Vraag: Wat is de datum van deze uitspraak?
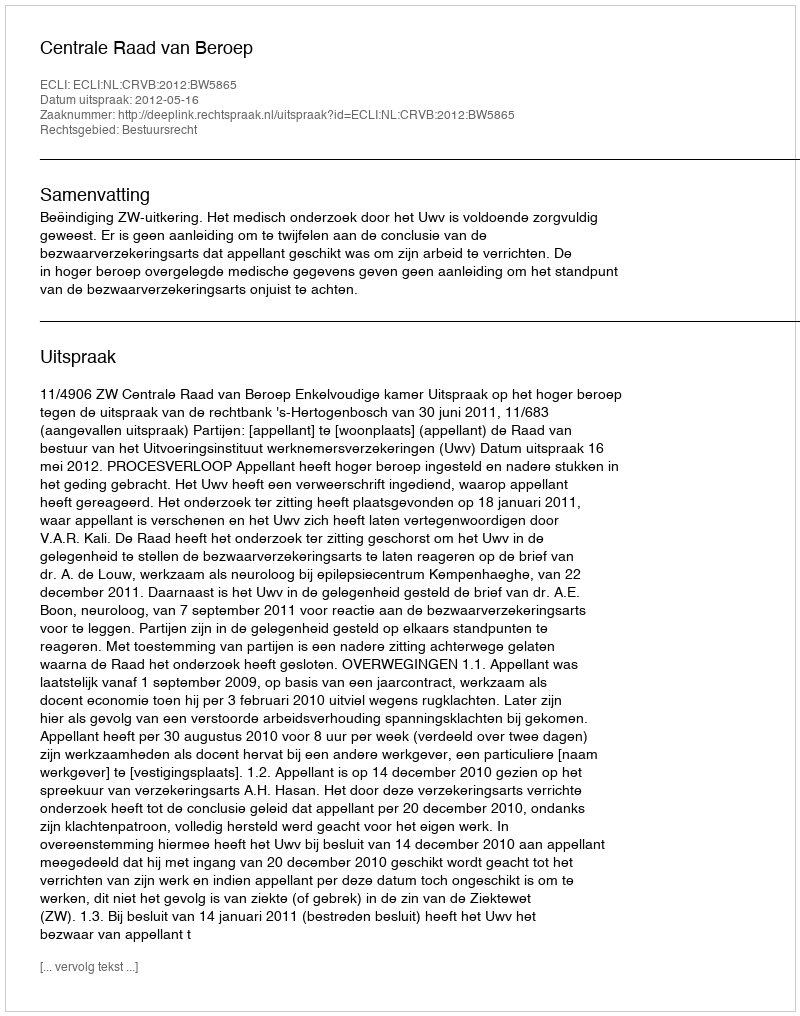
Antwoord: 2012-05-16